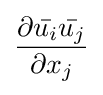
{\frac {\partial {\bar {u_{i}}}{\bar {u_{j}}}}{\partial x_{j}}}